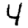
Digit: 4